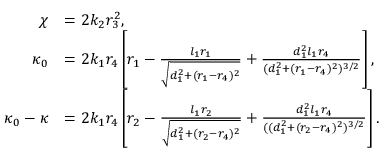
\begin{array} { r l } { \chi } & { = 2 k _ { 2 } r _ { 3 } ^ { 2 } , } \\ { \kappa _ { 0 } } & { = 2 k _ { 1 } r _ { 4 } \left[ r _ { 1 } - \frac { l _ { 1 } r _ { 1 } } { \sqrt { d _ { 1 } ^ { 2 } + ( r _ { 1 } - r _ { 4 } ) ^ { 2 } } } + \frac { d _ { 1 } ^ { 2 } l _ { 1 } r _ { 4 } } { ( d _ { 1 } ^ { 2 } + ( r _ { 1 } - r _ { 4 } ) ^ { 2 } ) ^ { 3 / 2 } } \right] , } \\ { \kappa _ { 0 } - \kappa } & { = 2 k _ { 1 } r _ { 4 } \left[ r _ { 2 } - \frac { l _ { 1 } r _ { 2 } } { \sqrt { d _ { 1 } ^ { 2 } + ( r _ { 2 } - r _ { 4 } ) ^ { 2 } } } + \frac { d _ { 1 } ^ { 2 } l _ { 1 } r _ { 4 } } { ( ( d _ { 1 } ^ { 2 } + ( r _ { 2 } - r _ { 4 } ) ^ { 2 } ) ^ { 3 / 2 } } \right] . } \end{array}